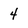
Character: 4